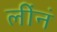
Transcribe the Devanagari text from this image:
लींनं